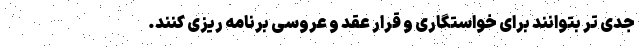
جدی تر بتوانند برای خواستگاری و قرار عقد و عروسی برنامه ریزی کنند.